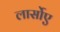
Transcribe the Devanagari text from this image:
लार्सोए